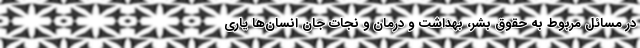
در مسائل مربوط به حقوق بشر، بهداشت و درمان و نجات جان انسان‌ها یاری